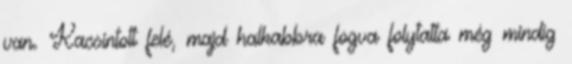
van. Kacsintott felé, majd halkabbra fogva folytatta még mindig